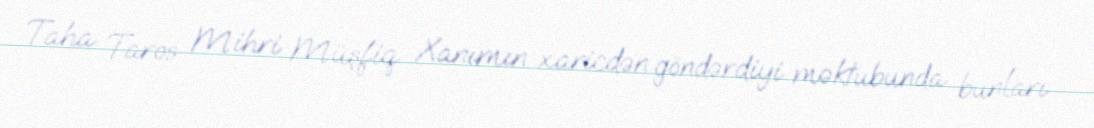
Taha Taros Mihri Müşfiq Xanımın xaricdən göndərdiyi məktubunda bunları